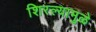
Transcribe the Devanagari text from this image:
शिरल्यामुळे